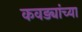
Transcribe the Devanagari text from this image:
कवड्यांच्‍या